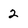
Character: 2